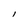
Character: l